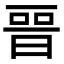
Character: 𣈆